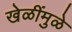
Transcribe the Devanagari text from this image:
खेळींमुळे